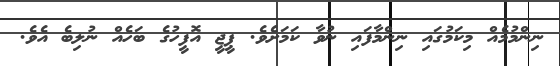
ނިންމުމެއް މިކަމުގައި ނިންމާފައި ނުވާ ކަމަށެވެ. ޕީޖީ އޮފީހުގެ ބަހެއް ނުލިބެ އެވެ.